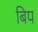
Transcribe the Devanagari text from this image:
बिप